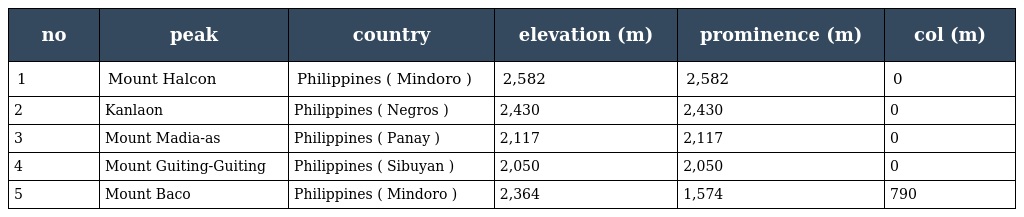
| no | peak | country | elevation (m) | prominence (m) | col (m) |
 | --- | --- | --- | --- | --- | --- |
 | 1 | Mount Halcon | Philippines ( Mindoro ) | 2,582 | 2,582 | 0 |
 | 2 | Kanlaon | Philippines ( Negros ) | 2,430 | 2,430 | 0 |
 | 3 | Mount Madia-as | Philippines ( Panay ) | 2,117 | 2,117 | 0 |
 | 4 | Mount Guiting-Guiting | Philippines ( Sibuyan ) | 2,050 | 2,050 | 0 |
 | 5 | Mount Baco | Philippines ( Mindoro ) | 2,364 | 1,574 | 790 |